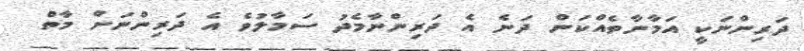
ދަރިންނަކީ އަމާނާތެއްކަން ދަނެ އެ ދަރިންނާމެދު ސަމާލުވެ އެ ދަރިންނަށް މާތް